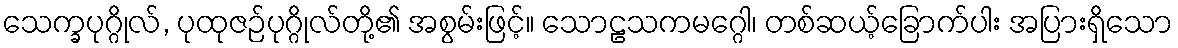
သေက္ခပုဂ္ဂိုလ်, ပုထုဇဉ်ပုဂ္ဂိုလ်တို့၏ အစွမ်းဖြင့်။ သောဠသကမဂ္ဂေါ၊ တစ်ဆယ့်ခြောက်ပါး အပြားရှိသော